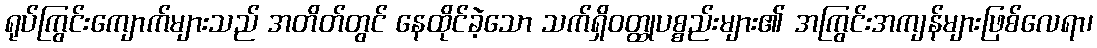
ရုပ်ကြွင်းကျောက်များသည် အတိတ်တွင် နေထိုင်ခဲ့သော သက်ရှိဝတ္ထုပစ္စည်းများ၏ အကြွင်းအကျန်များဖြစ်လေရာ၊